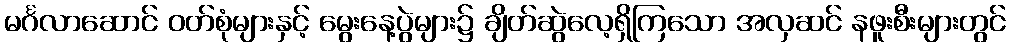
မင်္ဂလာဆောင် ဝတ်စုံများနှင့် မွေးနေ့ပွဲများ၌ ချိတ်ဆွဲလေ့ရှိကြသော အလှဆင် နဖူးစီးများတွင်